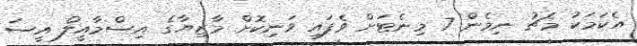
އެކަމަކު މެޗު ނިމެން 7 މިނެޓަށް ވެފައި ވަނިކޮށް މާޒިޔާގެ އިސްމާއީލް އީސަ